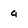
Character: q